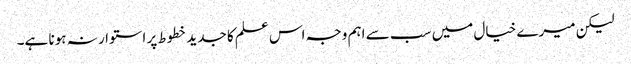
لیکن میرے خیال میں سب سے اہم وجہ اس علم کا جدید خطوط پر استوار نہ ہونا ہے۔